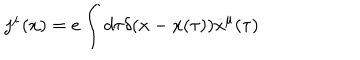
LaTeX: j ^ { \mu } ( x ) = e \int { d \tau \delta ( x - x ( \tau ) ) \dot { x } ^ { \mu } ( \tau ) }